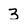
Character: 3